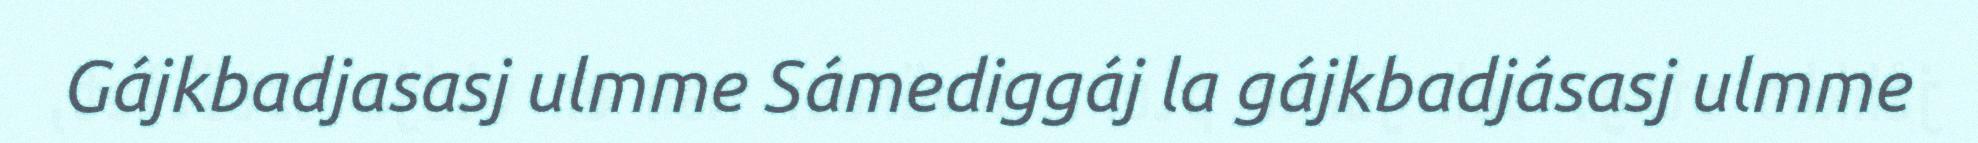
Gájkbadjasasj ulmme Sámediggáj la gájkbadjásasj ulmme